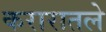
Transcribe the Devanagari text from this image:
करारातले